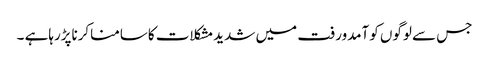
جس سے لوگوں کوآمدورفت میں شدیدمشکلات کاسامناکرناپڑرہاہے ۔